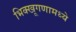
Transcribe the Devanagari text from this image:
भिक्खूगणामध्ये